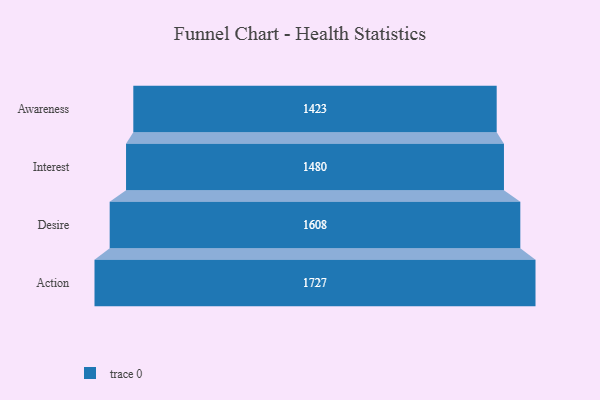
{"axis": {"x": "Stage", "y": "Value"}, "legend": [""], "data": [{"x": "Awareness", "y": 1423.0, "type": ""}, {"x": "Interest", "y": 1480.0, "type": ""}, {"x": "Desire", "y": 1608.0, "type": ""}, {"x": "Action", "y": 1727.0, "type": ""}]}